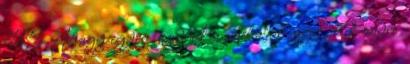
48% Ahogy egyre fogynak a játékosok, úgy válik egyre